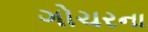
ગોચરના